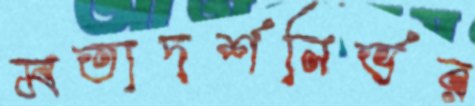
মতাদর্শনির্ভর